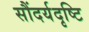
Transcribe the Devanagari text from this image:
सौंदर्यदृष्टि